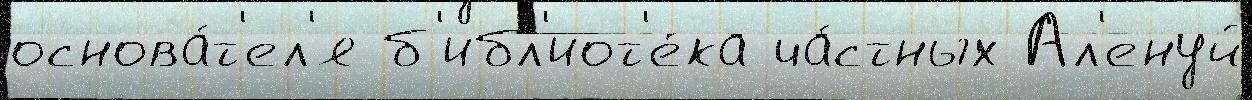
основа́т'ел'я б'ибл'иот'е́ка ча́стных Ал'енуй